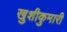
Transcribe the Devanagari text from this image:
खुशीकुमारी